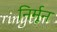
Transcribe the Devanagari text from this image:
निर्मून